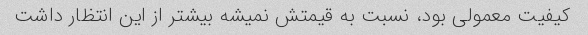
کیفیت معمولی بود، نسبت به قیمتش نمیشه بیشتر از این انتظار داشت